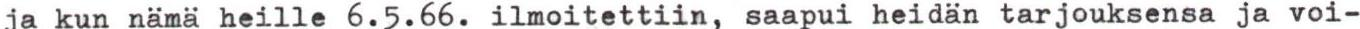
ja kun nämä heille 6.5.66. ilmoitettiin, saapui heidän tarjouksensa ja voi-